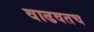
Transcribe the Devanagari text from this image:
वाढवतच